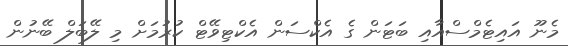
މެނޫ އައިޓެމްސްއާއި ބަޓަން ގެ އެކްސަން އެކްޓިވޭޓް ކުރުމަށް މި ލޭބަލް ބޭނުން